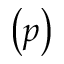
\left( p \right)